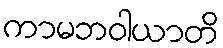
ကာမဘဝါယာတိ